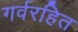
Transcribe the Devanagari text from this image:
गर्वरहित